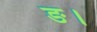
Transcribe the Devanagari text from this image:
ङ।